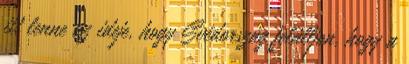
itt lenne az ideje, hogy Svédország felálljon, hogy a